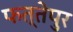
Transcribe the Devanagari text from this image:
फत्तेपुर